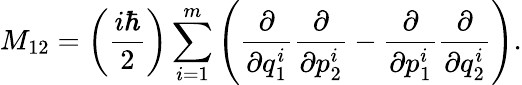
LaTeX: M_{12}=\left(\frac{i\hbar}{2}\right)\sum_{i=1}^{m}\left(\frac{\partial}{\partial q_{1}^{i}}\frac{\partial}{\partial p_{2}^{i}}-\frac{\partial}{\partial p_{1}^{i}}\frac{\partial}{\partial q_{2}^{i}}\right).